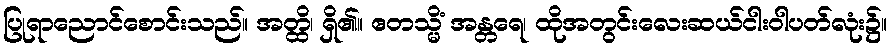
ပြုရာညောင်စောင်းသည်။ အတ္ထိ၊ ရှိ၏။ ဧတသ္မိံ အန္တရေ၊ ထိုအတွင်းလေးဆယ်ငါးဝါပတ်လုံး၌။